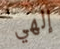
إلهي